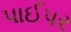
પાઈપર